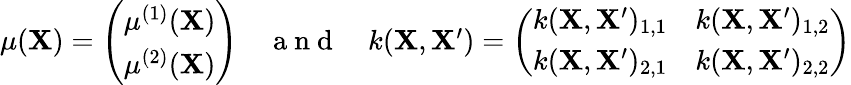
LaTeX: \begin{array}{r}{\mu(\mathbf{X})=\left(\begin{array}{l}{\mu^{(1)}(\mathbf{X})}\\ {\mu^{(2)}(\mathbf{X})}\end{array}\right)\quad\mathrm{~a~n~d~}\quad k(\mathbf{X},\mathbf{X^{\prime}})=\left(\begin{array}{ll}{k(\mathbf{X},\mathbf{X^{\prime}})_{1,1}}&{k(\mathbf{X},\mathbf{X^{\prime}})_{1,2}}\\ {k(\mathbf{X},\mathbf{X^{\prime}})_{2,1}}&{k(\mathbf{X},\mathbf{X^{\prime}})_{2,2}}\end{array}\right)}\end{array}